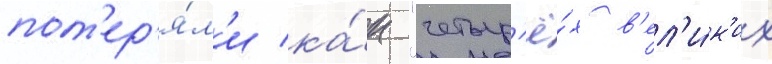
пот'ер'я́л'и ка́к "четыр'ё́х в'ел'и́к'их